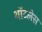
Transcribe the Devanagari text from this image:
थॉटलेस